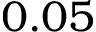
0 . 0 5